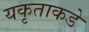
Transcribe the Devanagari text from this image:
यकृताकडे